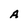
Character: A